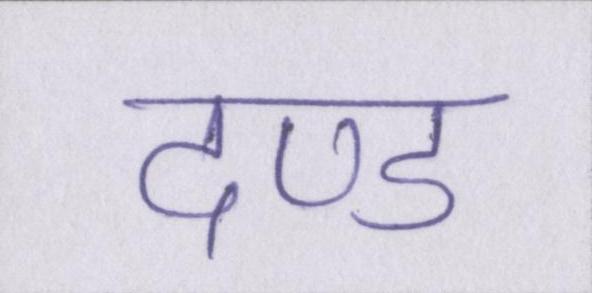
दण्ड